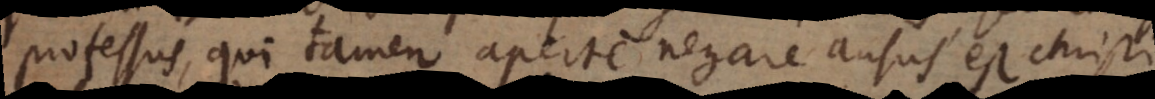
professus, qui tamen aperte negare ausus est Christi